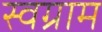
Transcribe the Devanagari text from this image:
स्वग्राम